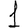
Digit: 1